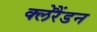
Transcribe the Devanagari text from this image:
क्लेरैंडन